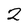
Character: 2